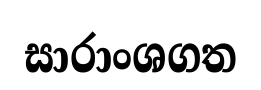
සාරාංශගත